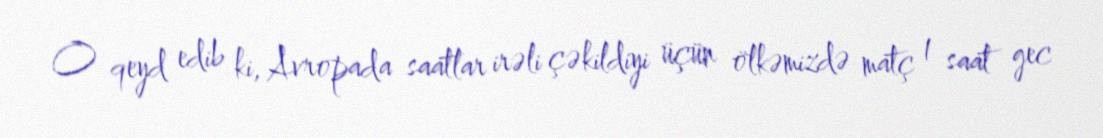
O qeyd edib ki, Avropada saatlar irəli çəkildiyi üçün ölkəmizdə matç 1 saat gec